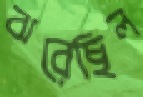
ঝরেছিল